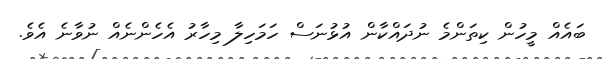
ބައެއް މީހުން ކިތަންމެ ނުދައްކާން އުޅުނަސް ހަމަހިލާ މިހާރު އެހެންނެއް ނުވާނެ އެވެ.